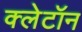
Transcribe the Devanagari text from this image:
क्लेटॉन